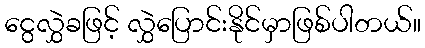
ငွေလွှဲခဖြင့် လွှဲပြောင်းနိုင်မှာဖြစ်ပါတယ်။